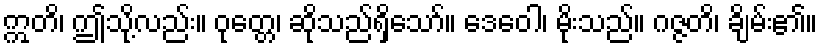
ဣတိ၊ ဤသို့လည်း။ ဝုတ္တေ၊ ဆိုသည်ရှိသော်။ ဒေဝေါ၊ မိုးသည်။ ဂဇ္ဇတိ၊ ချိမ်း၏။